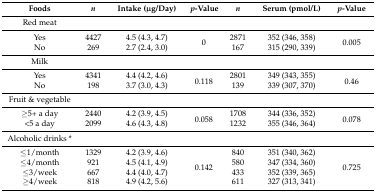
<table><thead><tr><td><b>Foods</b></td><td><b><i>n</i></b></td><td><b>Intake (μg/Day)</b></td><td><b><i>p</i>-Value</b></td><td><b><i>n</i></b></td><td><b>Serum (pmol/L)</b></td><td><b><i>p</i>-Value</b></td></tr></thead><tbody><tr><td>Red meat</td><td>[EMPTY_CELL]</td><td>[EMPTY_CELL]</td><td>[EMPTY_CELL]</td><td>[EMPTY_CELL]</td><td>[EMPTY_CELL]</td><td>[EMPTY_CELL]</td></tr><tr><td>Yes</td><td>4427</td><td>4.5 (4.3, 4.7)</td><td rowspan="2">0</td><td>2871</td><td>352 (346, 358)</td><td rowspan="2">0.005</td></tr><tr><td>No</td><td>269</td><td>2.7 (2.4, 3.0)</td><td>167</td><td>315 (290, 339)</td></tr><tr><td>Milk</td><td>[EMPTY_CELL]</td><td>[EMPTY_CELL]</td><td>[EMPTY_CELL]</td><td>[EMPTY_CELL]</td><td>[EMPTY_CELL]</td><td>[EMPTY_CELL]</td></tr><tr><td>Yes</td><td>4341</td><td>4.4 (4.2, 4.6)</td><td rowspan="2">0.118</td><td>2801</td><td>349 (343, 355)</td><td rowspan="2">0.46</td></tr><tr><td>No</td><td>198</td><td>3.7 (3.0, 4.3)</td><td>139</td><td>339 (307, 370)</td></tr><tr><td>Fruit &amp; vegetable</td><td>[EMPTY_CELL]</td><td>[EMPTY_CELL]</td><td>[EMPTY_CELL]</td><td>[EMPTY_CELL]</td><td>[EMPTY_CELL]</td><td>[EMPTY_CELL]</td></tr><tr><td>≥5+ a day</td><td>2440</td><td>4.2 (3.9, 4.5)</td><td rowspan="2">0.058</td><td>1708</td><td>344 (336, 352)</td><td rowspan="2">0.078</td></tr><tr><td>&lt;5 a day</td><td>2099</td><td>4.6 (4.3, 4.8)</td><td>1232</td><td>355 (346, 364)</td></tr><tr><td>Alcoholic drinks *</td><td>[EMPTY_CELL]</td><td>[EMPTY_CELL]</td><td>[EMPTY_CELL]</td><td>[EMPTY_CELL]</td><td>[EMPTY_CELL]</td><td>[EMPTY_CELL]</td></tr><tr><td>≤1/month</td><td>1329</td><td>4.2 (3.9, 4.6)</td><td rowspan="4">0.142</td><td>840</td><td>351 (340, 362)</td><td rowspan="4">0.725</td></tr><tr><td>≤4/month</td><td>921</td><td>4.5 (4.1, 4.9)</td><td>580</td><td>347 (334, 360)</td></tr><tr><td>≤3/week</td><td>667</td><td>4.4 (4.0, 4.7)</td><td>433</td><td>352 (339, 365)</td></tr><tr><td>≥4/week</td><td>818</td><td>4.9 (4.2, 5.6)</td><td>611</td><td>327 (313, 341)</td></tr></tbody></table>